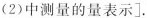
(2)中测量的量表示].